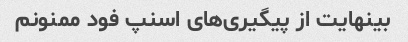
بینهایت از پیگیری‌های اسنپ فود ممنونم